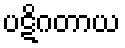
ပဋိဂတာယ